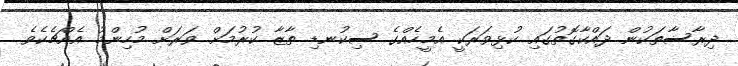
ދިރާސާތަކުން ދައްކާގޮތުގައި ކުޅިވަރަކީ އެމީހެއްގެ ސިކުނޑި ތާޒާ ކުރުމަށް ވަރަށް މުހިންމު އެއްޗެކެވެ.